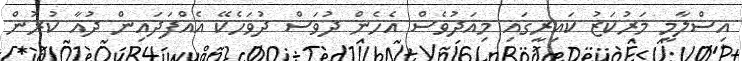
އިސްލާމީ މަރުކަޒު ކައިރީގައި މިއަދުވެސް އެހެން ދުވަސް ދުވަހެކޭ އެއްފަދައިން ދުއާ ކުރުން